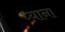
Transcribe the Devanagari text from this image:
ध्याना